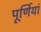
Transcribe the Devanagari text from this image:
पूर्णियां